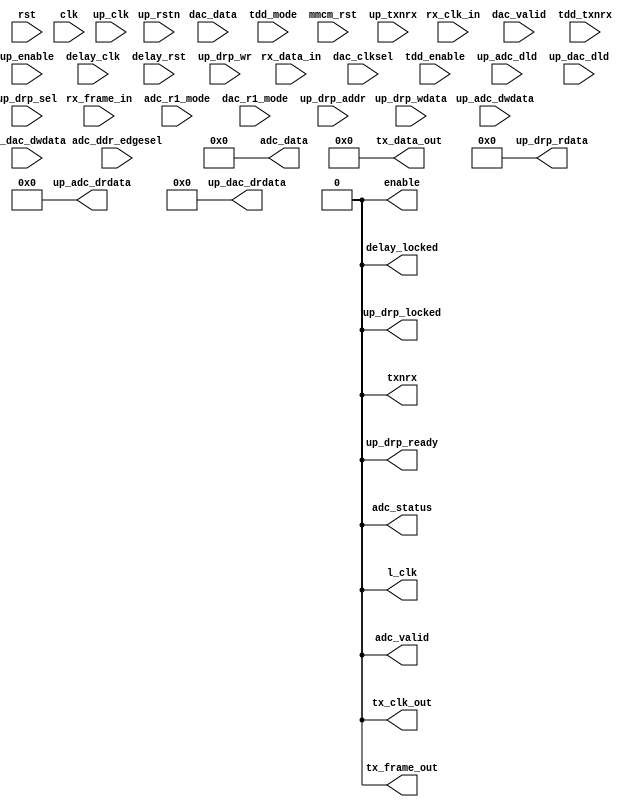
// ***************************************************************************
// ***************************************************************************
// Copyright 2014 - 2017 (c) Analog Devices, Inc. All rights reserved.
//
// In this HDL repository, there are many different and unique modules, consisting
// of various HDL (Verilog or VHDL) components. The individual modules are
// developed independently, and may be accompanied by separate and unique license
// terms.
//
// The user should read each of these license terms, and understand the
// freedoms and responsibilities that he or she has by using this source/core.
//
// This core is distributed in the hope that it will be useful, but WITHOUT ANY
// WARRANTY; without even the implied warranty of MERCHANTABILITY or FITNESS FOR
// A PARTICULAR PURPOSE.
//
// Redistribution and use of source or resulting binaries, with or without modification
// of this file, are permitted under one of the following two license terms:
//
//   1. The GNU General Public License version 2 as published by the
//      Free Software Foundation, which can be found in the top level directory
//      of this repository (LICENSE_GPL2), and also online at:
//      <https://www.gnu.org/licenses/old-licenses/gpl-2.0.html>
//
// OR
//
//   2. An ADI specific BSD license, which can be found in the top level directory
//      of this repository (LICENSE_ADIBSD), and also on-line at:
//      https://github.com/analogdevicesinc/hdl/blob/master/LICENSE_ADIBSD
//      This will allow to generate bit files and not release the source code,
//      as long as it attaches to an ADI device.
//
// ***************************************************************************
// ***************************************************************************

`timescale 1ns/100ps

module axi_ad9361_cmos_if #(

  parameter   FPGA_TECHNOLOGY = 0,
  parameter   DAC_IODELAY_ENABLE = 0,
  parameter   CLK_DESKEW = 0,
  parameter   USE_SSI_CLK = 1,

  // Dummy parameters, required keep the code consistency(used on Xilinx)
  parameter   IO_DELAY_GROUP = "dev_if_delay_group",
  parameter   IODELAY_CTRL = 1,
  parameter   DELAY_REFCLK_FREQUENCY = 0
) (

  // physical interface (receive)

  input               rx_clk_in,
  input               rx_frame_in,
  input   [11:0]      rx_data_in,

  // physical interface (transmit)

  output              tx_clk_out,
  output              tx_frame_out,
  output  [11:0]      tx_data_out,

  // ensm control

  output              enable,
  output              txnrx,

  // clock (common to both receive and transmit)

  input               rst,
  input               clk,
  output              l_clk,

  // receive data path interface

  output              adc_valid,
  output  [47:0]      adc_data,
  output              adc_status,
  input               adc_r1_mode,
  input               adc_ddr_edgesel,

  // transmit data path interface

  input               dac_valid,
  input   [47:0]      dac_data,
  input               dac_clksel,
  input               dac_r1_mode,

  // tdd interface

  input               tdd_enable,
  input               tdd_txnrx,
  input               tdd_mode,

  // delay interface

  input               mmcm_rst,
  input               up_clk,
  input               up_rstn,
  input               up_enable,
  input               up_txnrx,
  input   [12:0]      up_adc_dld,
  input   [64:0]      up_adc_dwdata,
  output  [64:0]      up_adc_drdata,
  input   [15:0]      up_dac_dld,
  input   [79:0]      up_dac_dwdata,
  output  [79:0]      up_dac_drdata,
  input               delay_clk,
  input               delay_rst,
  output              delay_locked,

  // drp interface

  input               up_drp_sel,
  input               up_drp_wr,
  input   [11:0]      up_drp_addr,
  input   [31:0]      up_drp_wdata,
  output  [31:0]      up_drp_rdata,
  output              up_drp_ready,
  output              up_drp_locked
);

  // cmos is not supported on intel platforms yet.

  assign tx_clk_out = 1'd0;
  assign tx_frame_out = 1'd0;
  assign tx_data_out = 12'd0;
  assign enable = 1'd0;
  assign txnrx = 1'd0;
  assign l_clk = 1'd0;
  assign adc_valid = 1'd0;
  assign adc_data = 48'd0;
  assign adc_status = 1'd0;
  assign up_adc_drdata = 65'd0;
  assign up_dac_drdata = 80'd0;
  assign delay_locked = 1'd0;
  assign up_drp_rdata = 32'd0;
  assign up_drp_ready = 1'd0;
  assign up_drp_locked = 1'd0;

endmodule